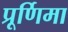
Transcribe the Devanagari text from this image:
प्रूर्णिमा